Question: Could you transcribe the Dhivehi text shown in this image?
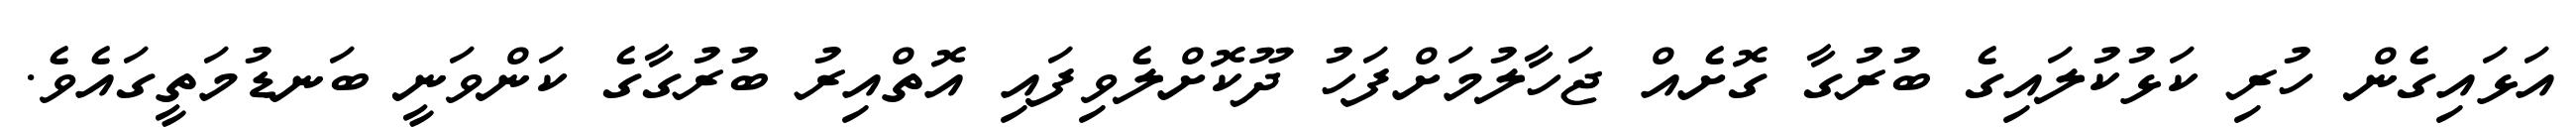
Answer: އަޅައިގެން ހުރި ކަޅުކުލައިގެ ބުރުގާ ގޮށެއް ޖަހާލުމަށްފަހު ދޫކޮށްލެވިފައި އޮތްއިރު ބުރުގާގެ ކަންވަނީ ބަނޑުމަތީގައެވެ.